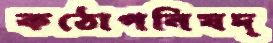
কঠোপনিষদ্